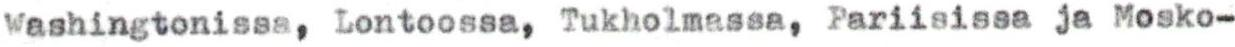
Washingtonissa, Lontoossa, Tukholmassa, Pariisissa ja Mosko-